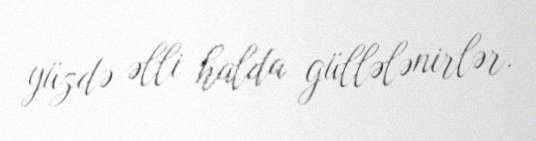
yüzdə əlli halda güllələnirlər.